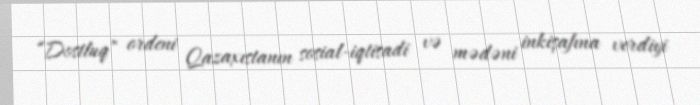
“Dostluq” ordeni Qazaxıstanın sosial-iqtisadi və mədəni inkişafına verdiyi